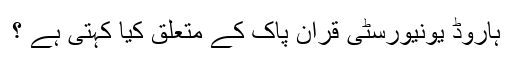
ہاروڈ یونیورسٹی قرآن پاک کے متعلق کیا کہتی ہے ؟